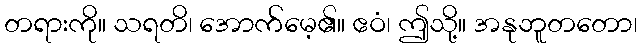
တရားကို။ သရတိ၊ အောက်မေ့၏။ ဧဝံ၊ ဤသို့။ အနုဘူတတော၊